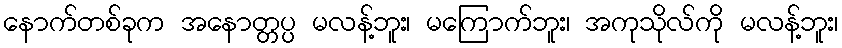
နောက်တစ်ခုက အနောတ္တပ္ပ မလန့်ဘူး၊ မကြောက်ဘူး၊ အကုသိုလ်ကို မလန့်ဘူး၊